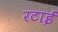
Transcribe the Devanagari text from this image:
रटाई